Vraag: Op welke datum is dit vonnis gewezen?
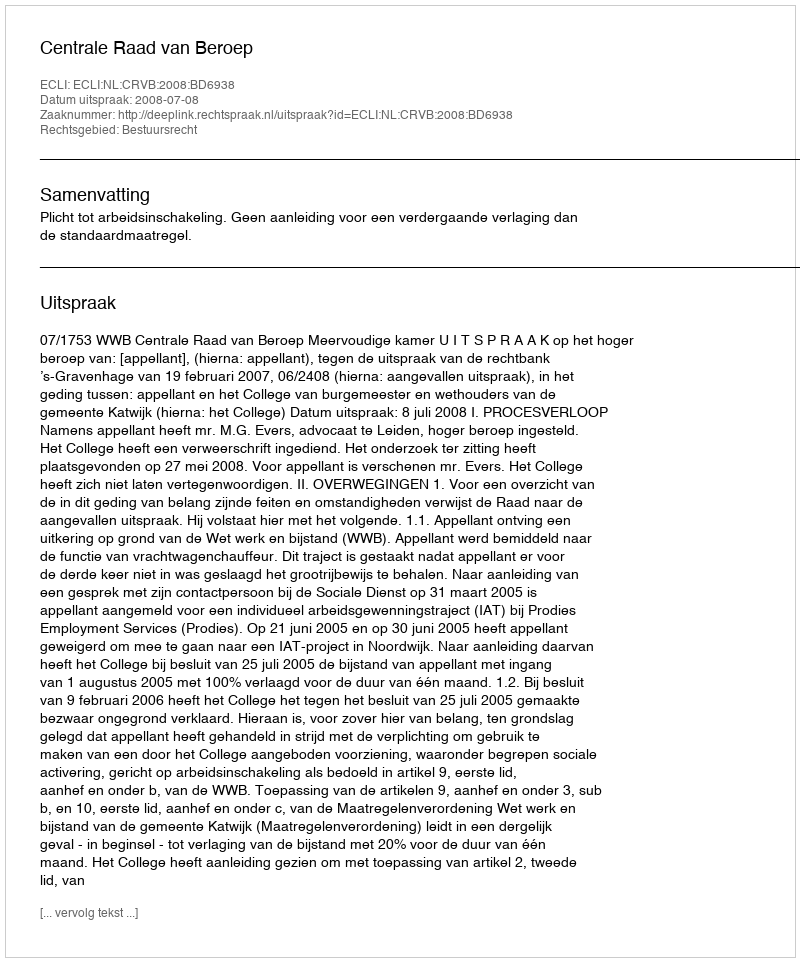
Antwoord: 2008-07-08